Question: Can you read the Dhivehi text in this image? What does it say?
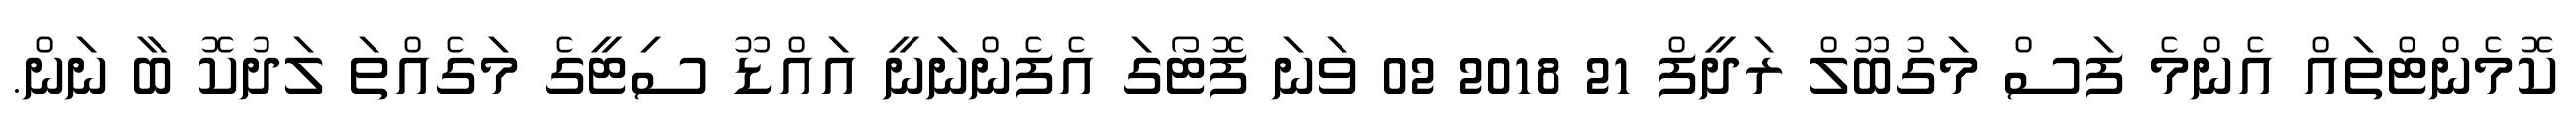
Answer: ކޮމެންޓްތައް އެންމެ ފަސް މަގުބޫލް ރަދީފް 21 2018 02 ވަނަ ފޮޓޯގަ އެފެންނަނީ އައްޑޫ ސިޓީގެ މަގެއްތަ ލަދުކޮ ބާ ނަން.